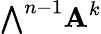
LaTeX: {\textstyle\bigwedge}^{n-1}\mathbf{A}^{k}